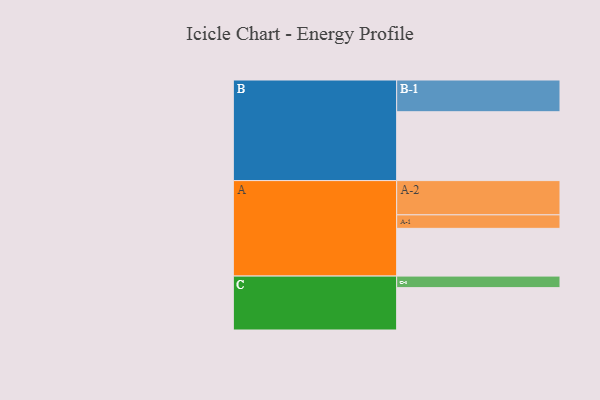
{"axis": {"x": "Segment", "y": "Value"}, "legend": ["", "A", "B", "C"], "data": [{"x": "A", "y": 364, "type": ""}, {"x": "B", "y": 525, "type": ""}, {"x": "C", "y": 323, "type": ""}, {"x": "A-1", "y": 103, "type": "A"}, {"x": "A-2", "y": 261, "type": "A"}, {"x": "B-1", "y": 242, "type": "B"}, {"x": "C-1", "y": 88, "type": "C"}]}